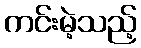
ကင်းမဲ့သည့်